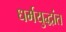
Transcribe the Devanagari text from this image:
धर्मयुद्धांत